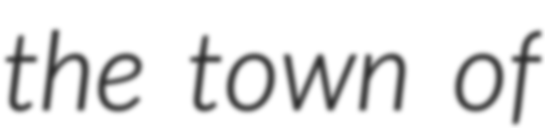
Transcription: the town of